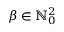
{ \boldsymbol { \beta } } \in \ensuremath { \mathbb { N } } _ { 0 } ^ { 2 }